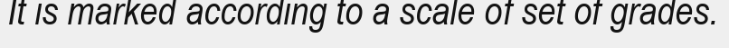
It is marked according to a scale of set of grades.